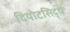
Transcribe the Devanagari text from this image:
दियोटसिद्ध